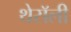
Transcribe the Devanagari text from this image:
थेसॅली